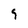
Character: 9